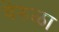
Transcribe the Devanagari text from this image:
बेरुळा